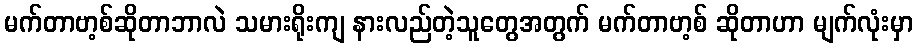
မက်တာဗာ့စ်ဆိုတာဘာလဲ သမားရိုးကျ နားလည်တဲ့သူတွေအတွက် မက်တာဗာ့စ် ဆိုတာဟာ မျက်လုံးမှာ